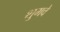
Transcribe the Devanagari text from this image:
शुमवे